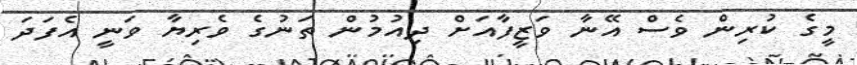
މީގެ ކުރިން ވެސް އޭނާ ވަޒީފާއަށް ދިއުމުން ތަނުގެ ވެރިޔާ ވަނީ އެފަދަ